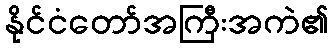
နိုင်ငံတော်အကြီးအကဲ၏